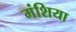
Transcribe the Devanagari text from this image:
मंशिया